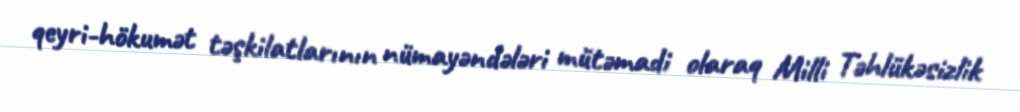
qeyri-hökumət təşkilatlarının nümayəndələri mütəmadi olaraq Milli Təhlükəsizlik